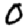
Digit: 0